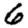
Digit: 6